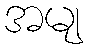
အမျ